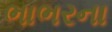
ભાભરના